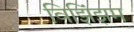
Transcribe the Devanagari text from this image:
विझिंझम